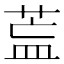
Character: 𦱣